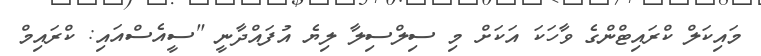
މައިކަލް ކްރައިޓްންގެ ވާހަކަ އަކަށް މި ސިލްސިލާ ލިޔެ އުފައްދާނީ "ސީއެސްއައި: ކްރައިމް